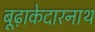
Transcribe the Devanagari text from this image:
बूढ़ाकेदारनाथ